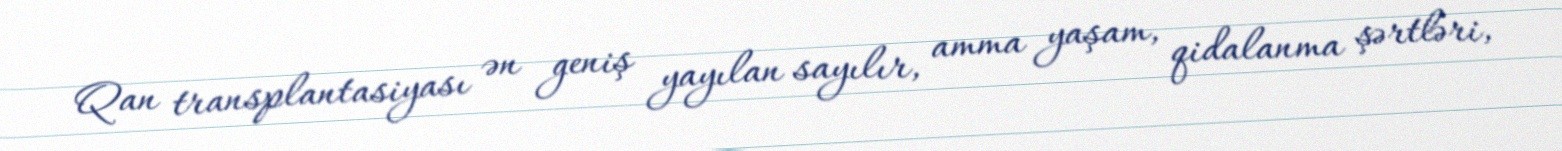
Qan transplantasiyası ən geniş yayılan sayılır, amma yaşam, qidalanma şərtləri,